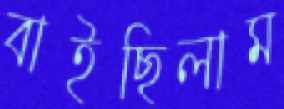
বাইছিলাম